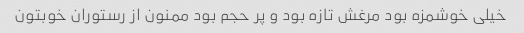
خیلی خوشمزه بود مرغش تازه بود و پر حجم بود ممنون از رستوران خوبتون